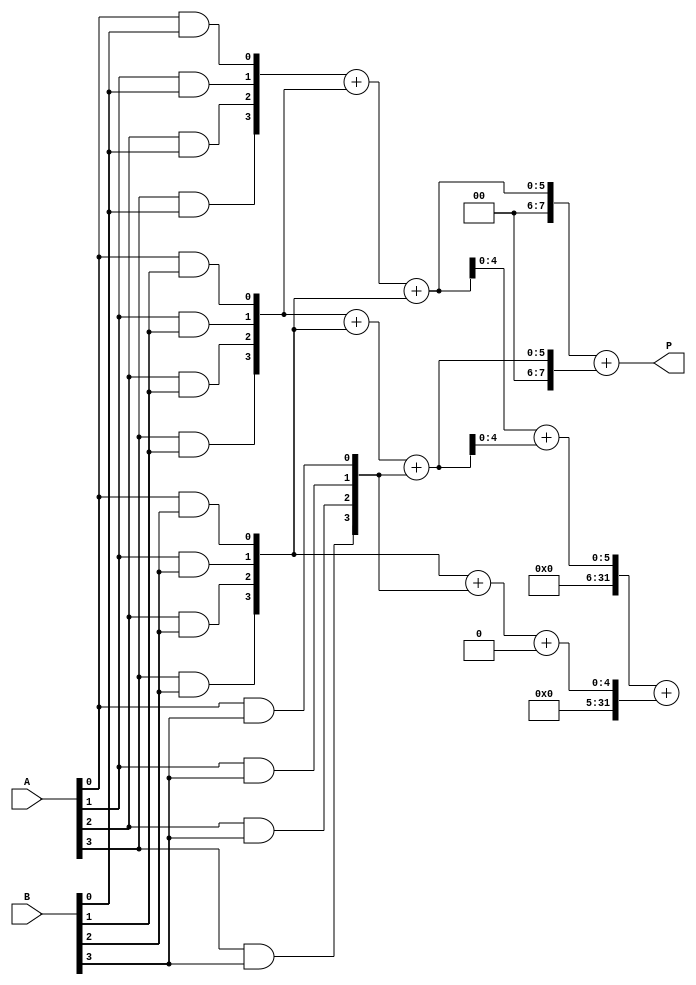
module WallaceTreeMultiplier #(parameter N = 4) (
    input [N-1:0] A,
    input [N-1:0] B,
    output [2*N-1:0] P
);

// Partial product generation
wire [N-1:0] pp [0:N-1];

genvar i, j;
generate
    for (i = 0; i < N; i = i + 1) begin : partial_product_gen
        for (j = 0; j < N; j = j + 1) begin : and_gate
            assign pp[i][j] = A[j] & B[i];
        end
    end
endgenerate

// Carry Save Adders (CSAs)
wire [N:0] sum [0:N-1]; // sum outputs of CSAs
wire [N:0] carry [0:N-1]; // carry outputs of CSAs

// First stage of reduction
generate
    for (i = 0; i < N-1; i = i + 1) begin : CSA_first_stage
        if (i % 2 == 0) begin
            assign {carry[i], sum[i]} = {1'b0, pp[i]} + {1'b0, pp[i+1]} + (i + 2 < N ? pp[i+2] : 0);
        end else begin
            assign {carry[i], sum[i]} = {1'b0, pp[i]} + {1'b0, pp[i+1]} + (i + 2 < N ? pp[i+2] : 0); 
        end
    end
endgenerate

// Second stage of reduction
generate
    for (i = 0; i < (N+1)/2; i = i + 1) begin : CSA_second_stage
        if (i < (N+1)/4) begin
            assign {carry[i], sum[i]} = {1'b0, sum[i*2]} + {1'b0, sum[i*2+1]} + (i*2 + 2 < N ? sum[i*2 + 2] : 0);
        end
    end
endgenerate

// Final addition
wire [2*N-1:0] final_sum;
assign final_sum = {carry[0], sum[0]} + {carry[1], sum[1]};

// Assign final product
assign P = final_sum;

endmodule